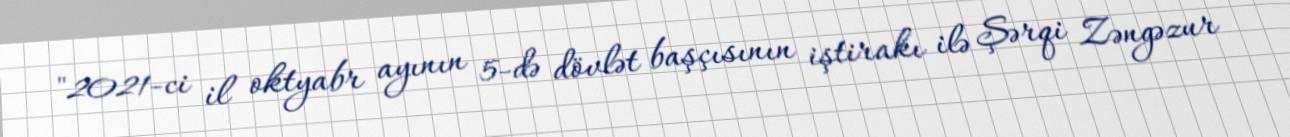
"2021-ci il oktyabr ayının 5-də dövlət başçısının iştirakı ilə Şərqi Zəngəzur